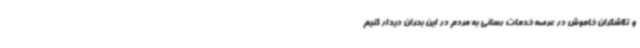
و تلاشگران خاموش در عرصه خدمات رسانی به مردم در این بحران دیدار کنیم